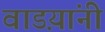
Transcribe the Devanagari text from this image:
वाडय़ांनी